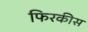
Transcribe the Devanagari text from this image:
फिरकीस